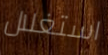
استغلال